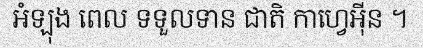
អំឡុង ពេល ទទួលទាន ជាតិ កាហ្វេអ៊ីន ។